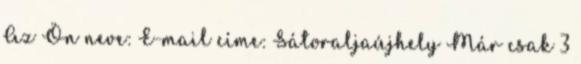
Az Ön neve: E-mail címe: Sátoraljaújhely Már csak 3